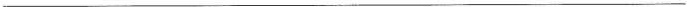
___